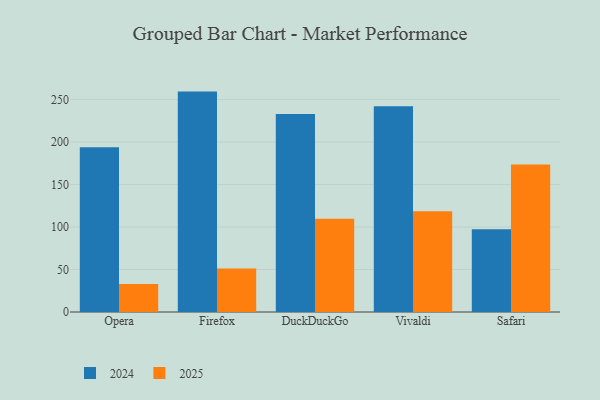
{"axis": {"x": "Browser", "y": "Demand Index"}, "legend": ["2024", "2025"], "data": [{"x": "Opera", "y": 32.8, "type": "2025"}, {"x": "Opera", "y": 193.9, "type": "2024"}, {"x": "Firefox", "y": 51.1, "type": "2025"}, {"x": "Firefox", "y": 259.3, "type": "2024"}, {"x": "DuckDuckGo", "y": 109.7, "type": "2025"}, {"x": "DuckDuckGo", "y": 233.0, "type": "2024"}, {"x": "Vivaldi", "y": 118.6, "type": "2025"}, {"x": "Vivaldi", "y": 242.2, "type": "2024"}, {"x": "Safari", "y": 173.5, "type": "2025"}, {"x": "Safari", "y": 97.5, "type": "2024"}]}